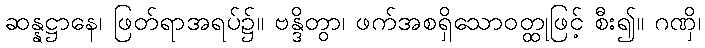
ဆန္နဋ္ဌာနေ၊ ဖြတ်ရာအရပ်၌။ ဗန္ဒိတွာ၊ ဖက်အစရှိသောဝတ္ထုဖြင့် စီး၍။ ဂဏှိ၊